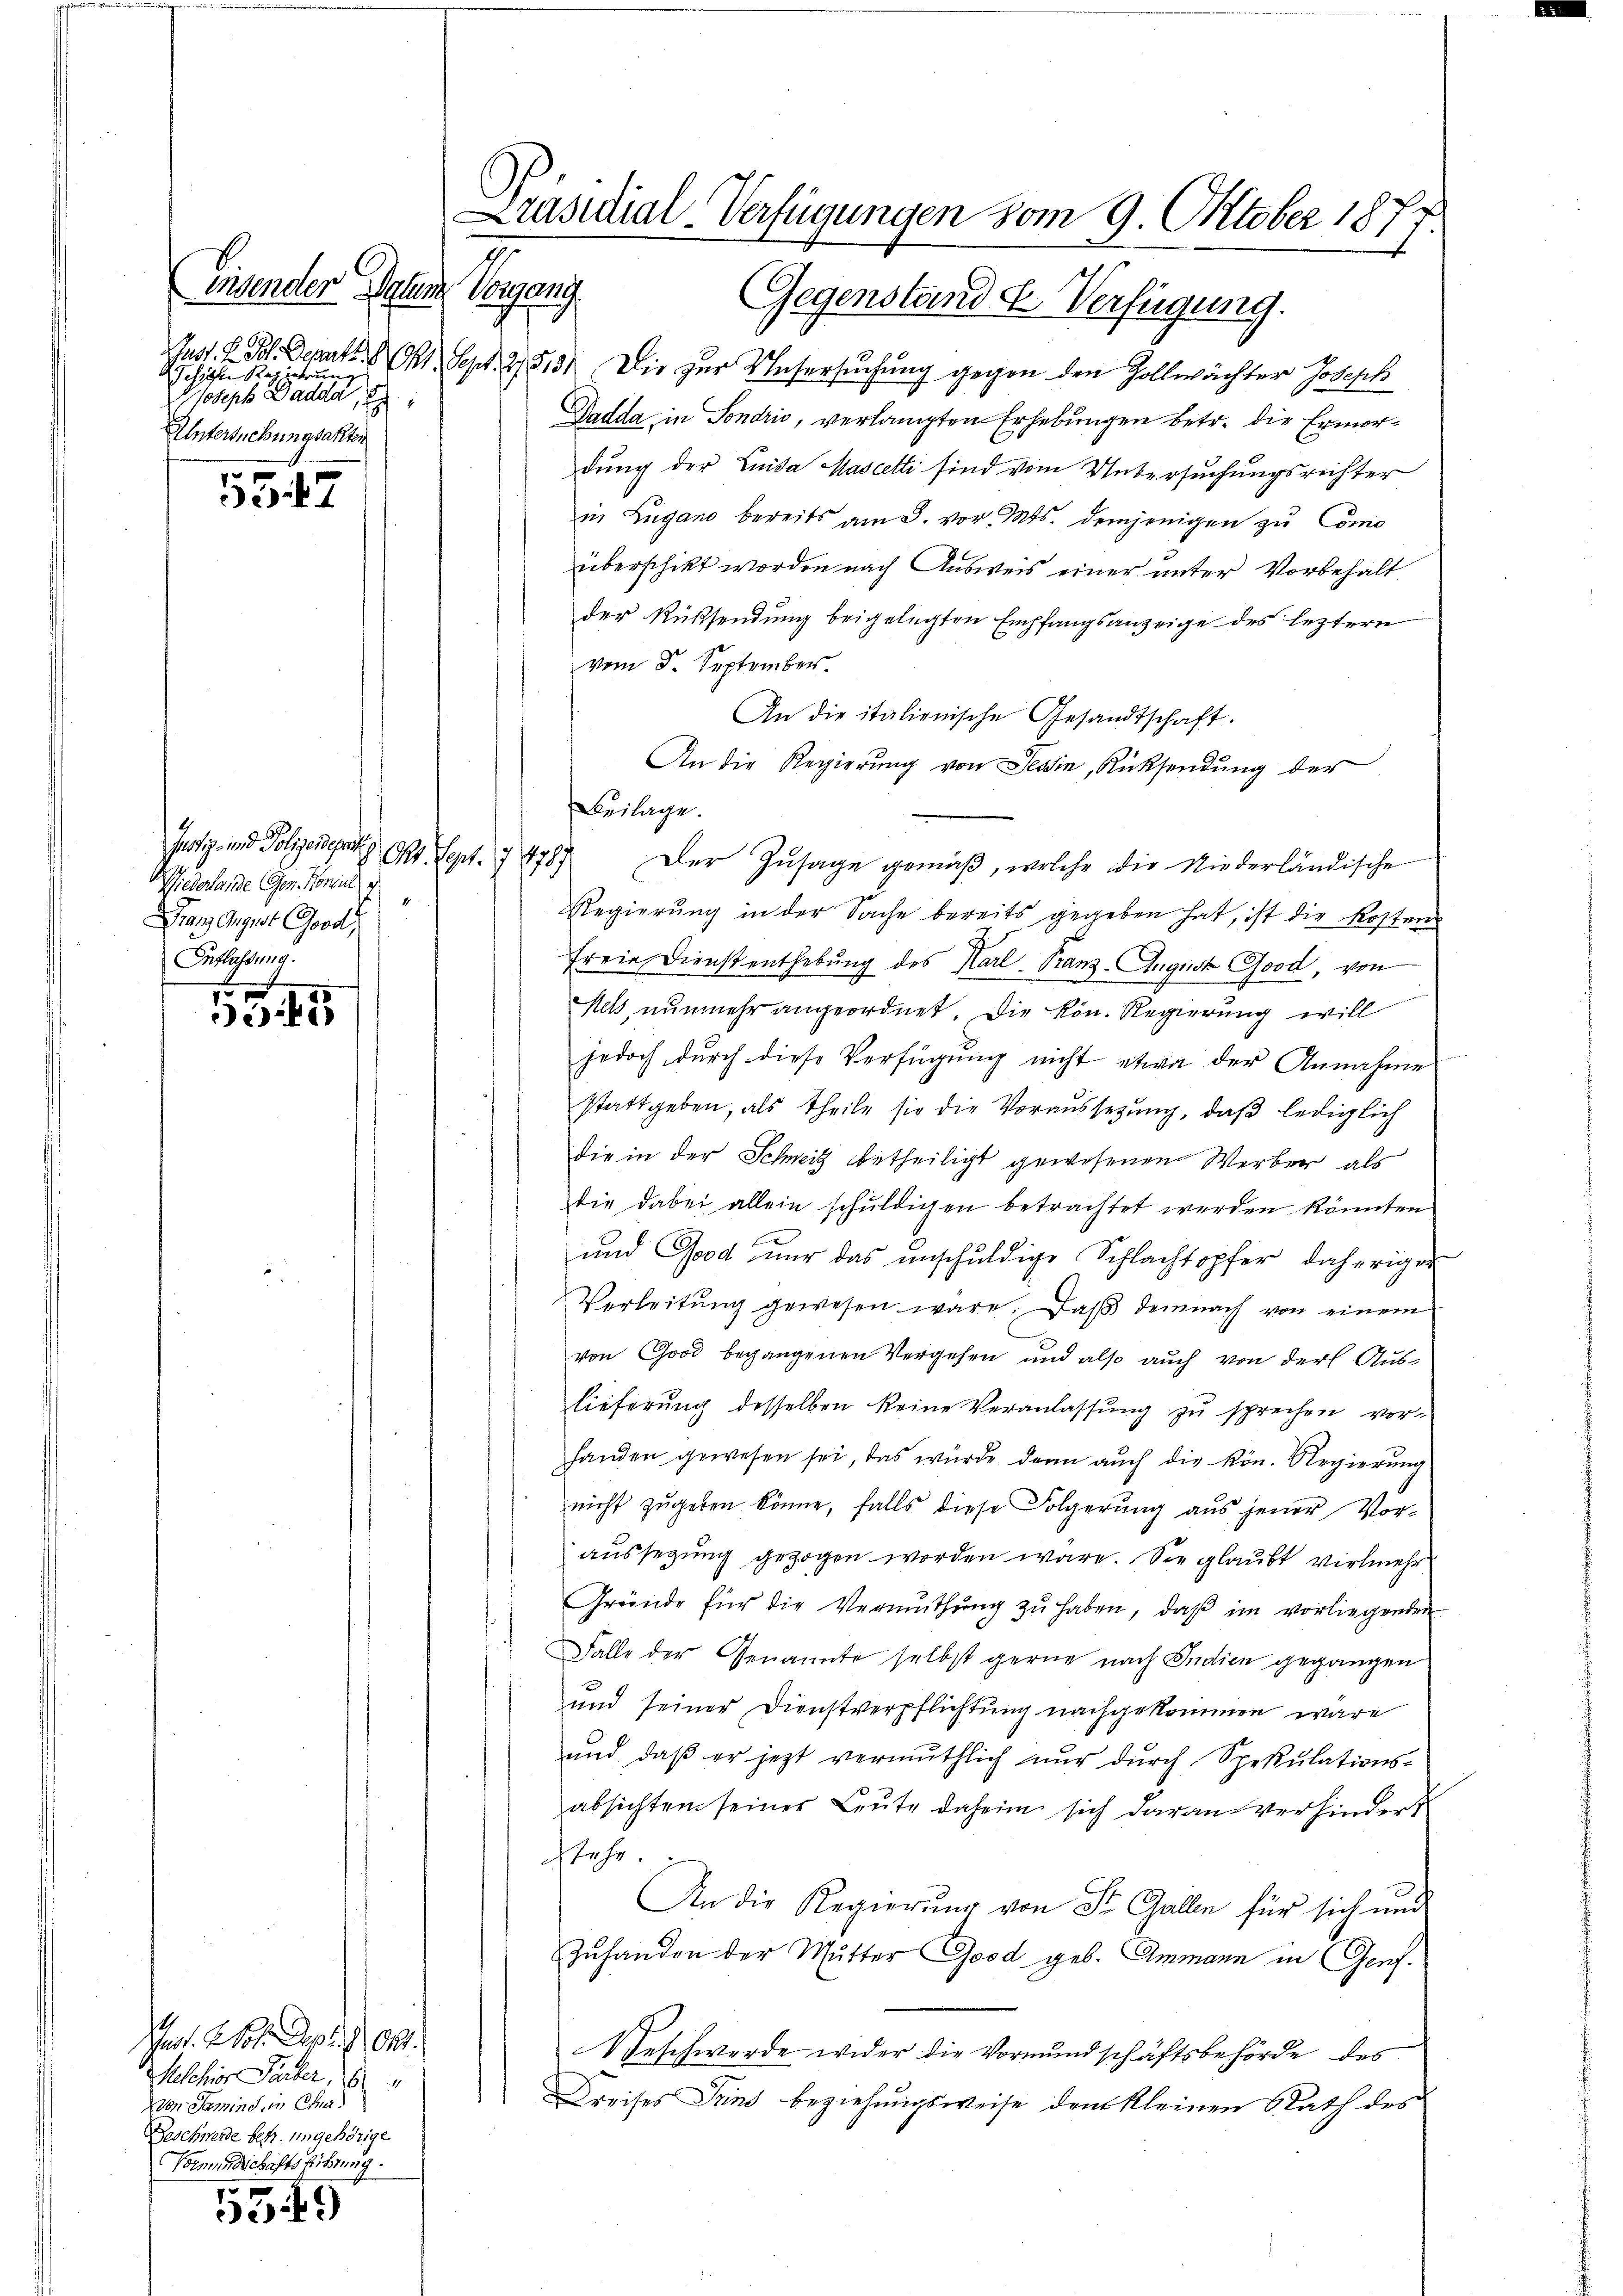
5347

Justiz- und Polizendesrathe
. fr. f. 19
Piederlande Ges. Konsul
4
Franz August Good
Entlassung.

3

ert. 21. Apr 1 Okt.
Melchior Parter, 261
Von Semins, in Cha
Beschwerde betr. eingehörige
Vormundschäftsführung.

e
)

Jelichen Regierung
Joseph Baden,
Untersuchungsakten

Präsidial-Verfügungen vom 9. Oktober 1877

insender Hohen Vergang. Gegenstand u. Verfügung.
Just. H. Joh. Depart. 11. Sept. 35134. Die zur Vatersuchung gegen den Zollwächter Joseph
Dadda in Sondrio, verlangten Erhebungen betr. die Ermordung der Leida Mascelti sind vom Untersuchungsrichter
in Zugano bereits am 8. vor. Mts. demjenigen zu Como
überschikt worden nach Ausweis einer unter Vorbehält
der Rücksendung beigelegten Empfangsanzeige des leztern
vom 5. September.
An die italienische Gesandtschaft.
An die Regierung von Tessin, Rücksendung der
Der Zusage gemäß, welche die Niederländische
Regierŭng in der Sache bereits gegeben hat, ist die Kosten
freie Dienstenthebung des Karl-Tranz-August Good, von
Nehs, nunmehr angeordnet die kön. Regierung will
jedoch durch diese Verfügung nicht etwa der Annahme
stattgeben, als Theile sie die Voraussetzung, daβ lediglich
die in der Schweiz betheiligt gewesenen Werber, als
die dabei allein schuldigen betrachtet werden könnten
und Good nur das unschuldige Schlachtopfer daherigen
Verleitŭng gewesen wäre. Daß demnach von einem
von Good begangenen Vergehen und also auch von der Auslieferung desselben keine Veranlassung zu sprechen vor-
handen gewesen sei, das würde dann auch die kön. Regierung
nicht zŭgeben könne, falls diese Folgerŭng aŭs jener Vor-
aussegung gezogen worden wäre. Sie glaubt vielmehr
Gründe für die Vermuthŭng zŭ haben, daβ im vorliegenden
Falle der Genannte selbst gerne nach Indien gegangen
und seiner Dienstverpflichtung nachgekommen wäre
und, daß er jetzt vermuthlich nur durch Spekulations-
absichten seiner Leute daheim sich daran verhindert
sehr.
An die Regierung von St. Gallen für sich und
Zuhanden der Mutter Good geb. Ammann in Genf.
Beschwerde wider die Vormundschäftsbehörde des
Kreises Trins beziehungsweise dem kleinen Rath des

Auslage.